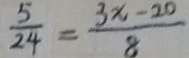
\frac { 5 } { 2 4 } = \frac { 3 x - 2 0 } { 8 }